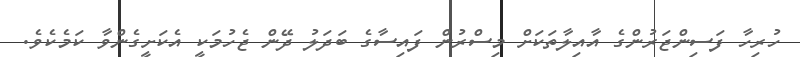
ހުރިހާ ފަސިންޖަރުންގެ އާއިލާތަކަށް މިސްރުން ފައިސާގެ ބަދަލު ދޭން ޖެހުމަކީ އެކަށީގެންވާ ކަމެކެވެ.